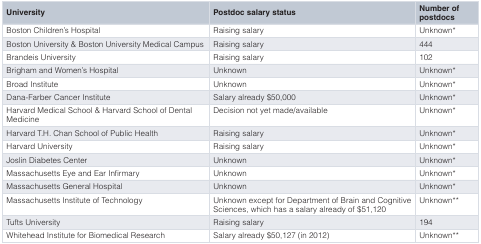
<table><thead><tr><td><b>University</b></td><td><b>Postdoc salary status</b></td><td><b>Number ofpostdocs</b></td></tr></thead><tbody><tr><td>Boston Children’s Hospital</td><td>Raising salary</td><td>Unknown*</td></tr><tr><td>Boston University &amp; Boston University Medical Campus</td><td>Raising salary</td><td>444</td></tr><tr><td>Brandeis University</td><td>Raising salary</td><td>102</td></tr><tr><td>Brigham and Women’s Hospital</td><td>Unknown</td><td>Unknown*</td></tr><tr><td>Broad Institute</td><td>Unknown</td><td>Unknown*</td></tr><tr><td>Dana-Farber Cancer Institute</td><td>Salary already $50,000</td><td>Unknown*</td></tr><tr><td>Harvard Medical School &amp; Harvard School of DentalMedicine</td><td>Decision not yet made/available</td><td>Unknown*</td></tr><tr><td>Harvard T.H. Chan School of Public Health</td><td>Raising salary</td><td>Unknown*</td></tr><tr><td>Harvard University</td><td>Raising salary</td><td>Unknown*</td></tr><tr><td>Joslin Diabetes Center</td><td>Unknown</td><td>Unknown*</td></tr><tr><td>Massachusetts Eye and Ear Infirmary</td><td>Unknown</td><td>Unknown*</td></tr><tr><td>Massachusetts General Hospital</td><td>Unknown</td><td>Unknown*</td></tr><tr><td>Massachusetts Institute of Technology</td><td>Unknown except for Department of Brain and CognitiveSciences, which has a salary already of $51,120</td><td>Unknown**</td></tr><tr><td>Tufts University</td><td>Raising salary</td><td>194</td></tr><tr><td>Whitehead Institute for Biomedical Research</td><td>Salary already $50,127 (in 2012)</td><td>Unknown**</td></tr></tbody></table>